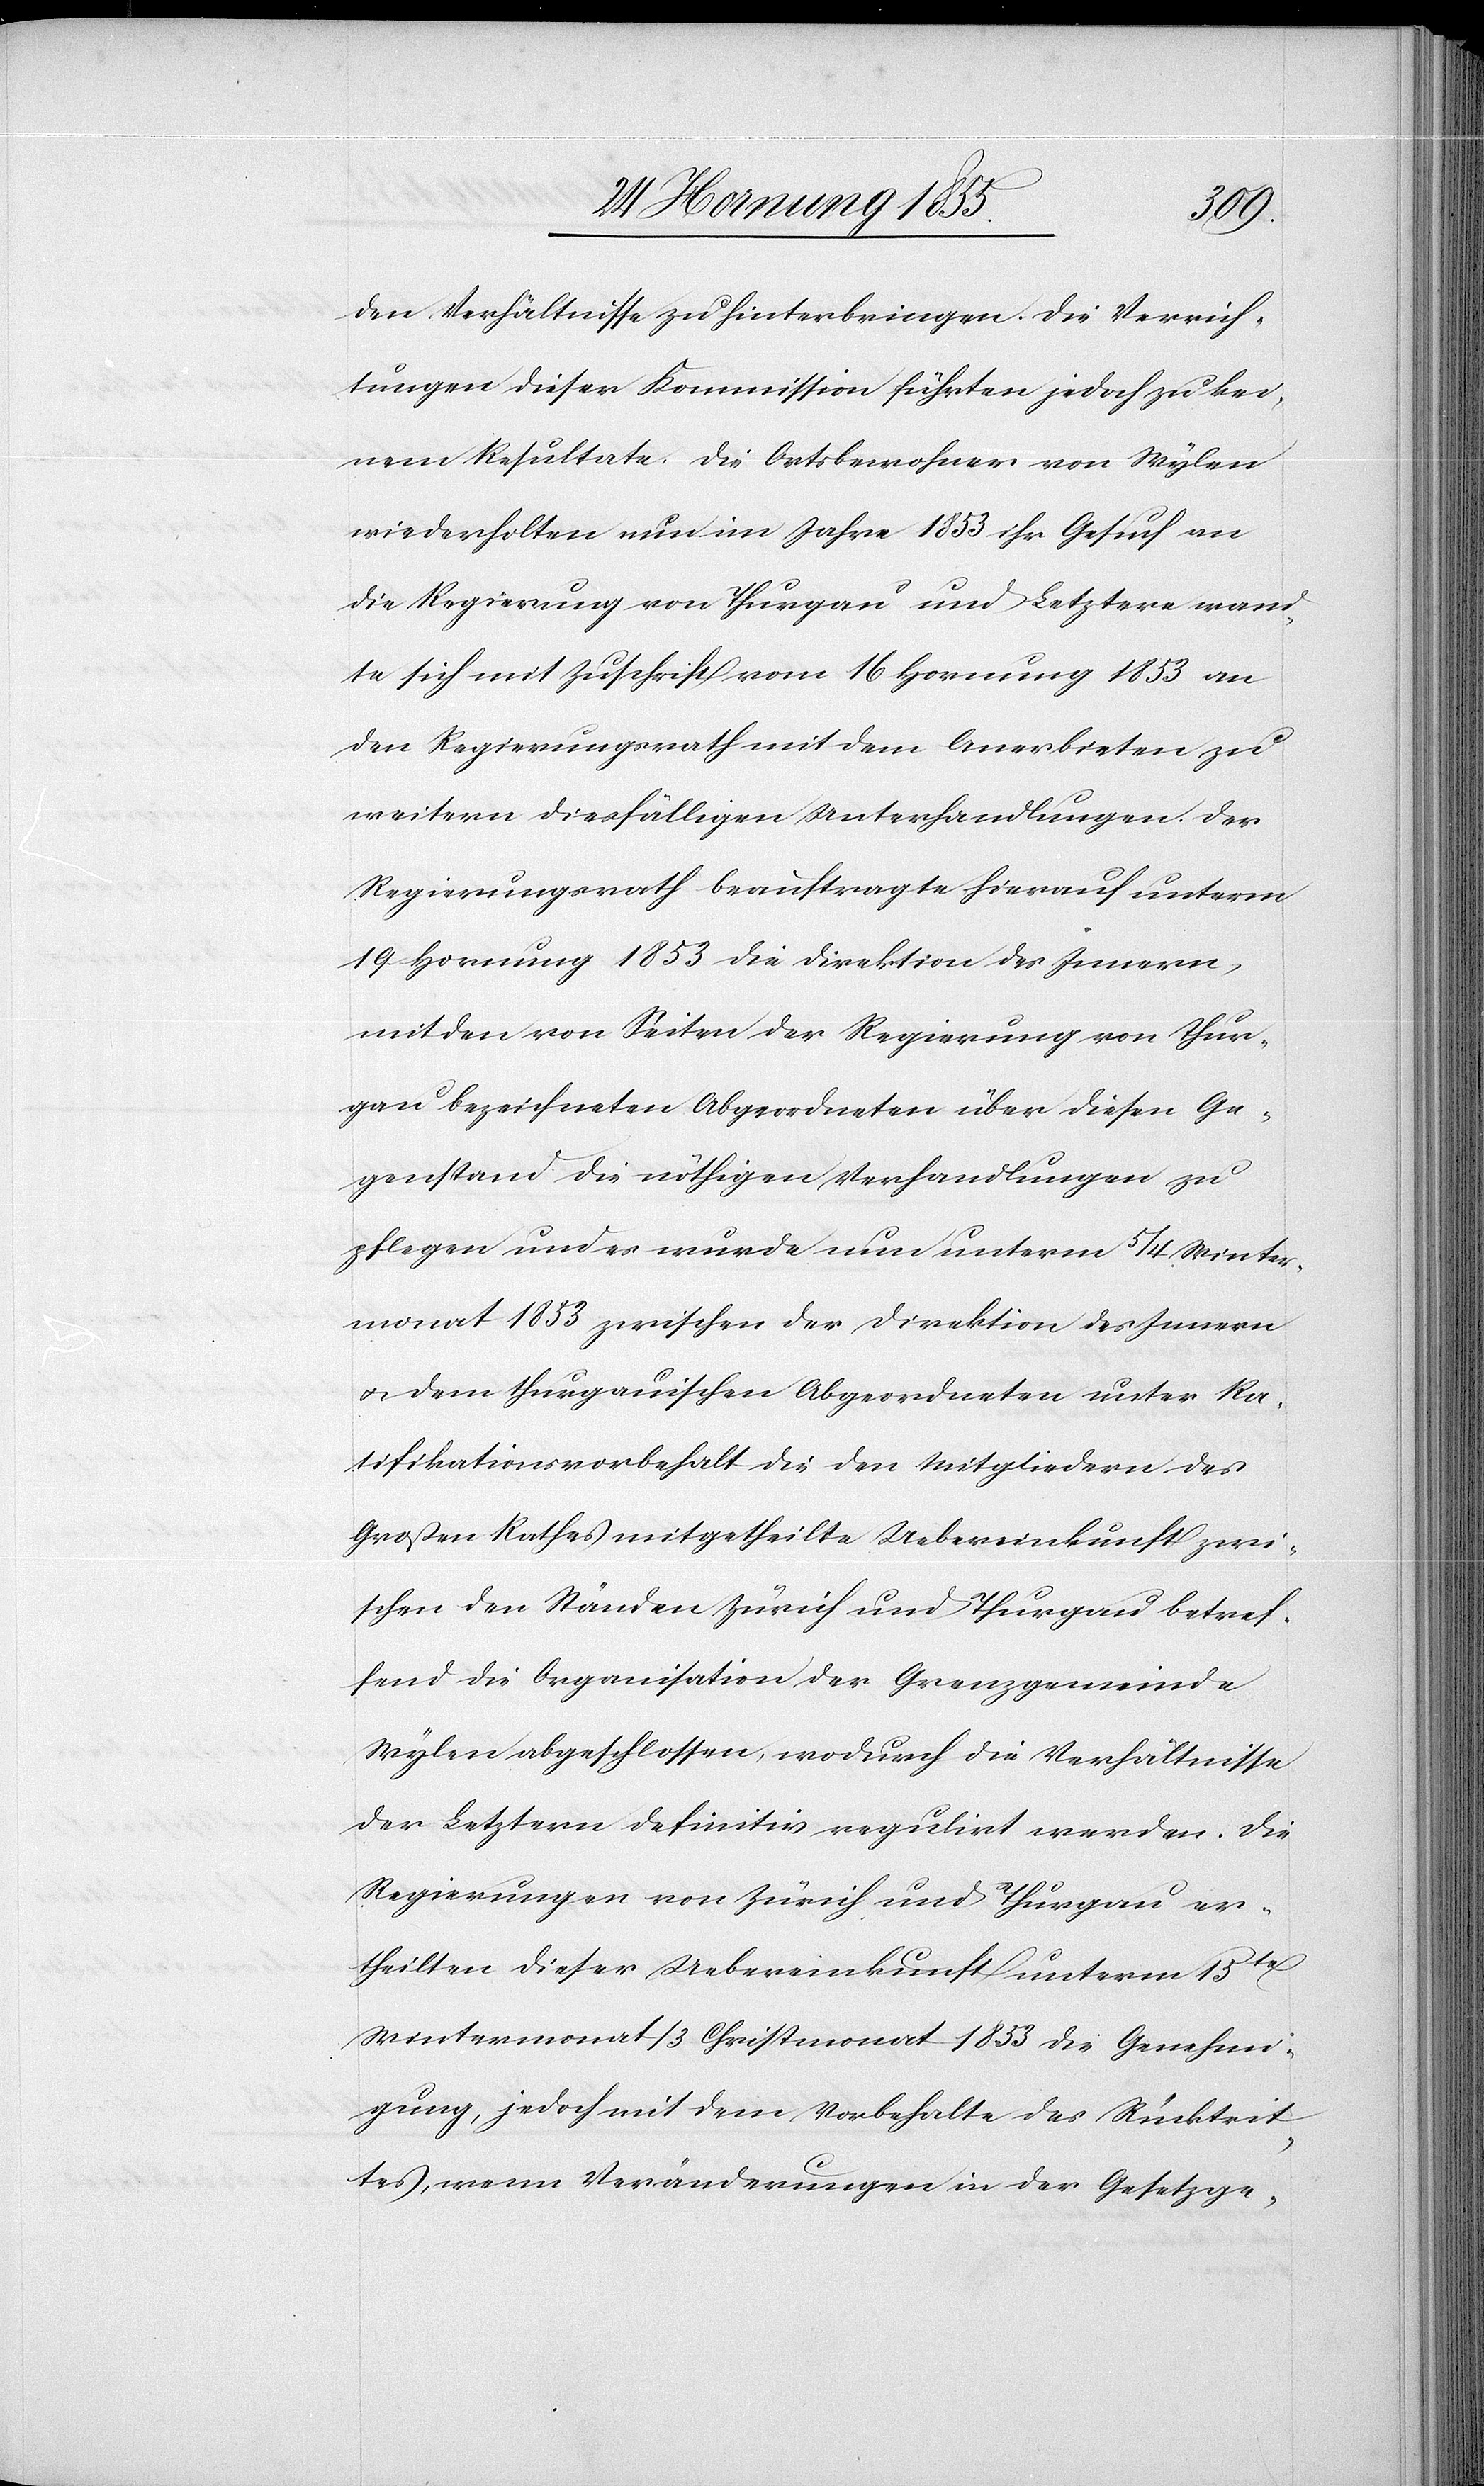
den Verhältnisse zu hinterbringen. Die Verrich¬
tungen dieser Kommission führten jedoch zu kei¬
nem Resultate. Die Ortsbewohner von Wylen
wiederholten nun im Jahre 1853 ihr Gesuch an
die Regierung von Thurgau und Letztere wand¬
te sich mit Zuschrift vom 16 Hornung 1853 an
den Regierungsrath mit dem Anerbieten zu
weitern diesfälligen Unterhandlungen. Der
Regierungsrath beauftragte hierauf unterm
19 Hornung 1853 die Direktion des Innern,
mit den von Seiten der Regierung von Thur¬
gau bezeichneten Abgeordneten über diesen Ge¬
genstand die nöthigen Verhandlungen zu
pflegen und es wurde nun unterm 5 / 4 Winter¬
monat 1853 zwischen der Direktion des Innern
& dem thurgauischen Abgeordneten unter Ra¬
tifikationsvorbehalt die den Mitgliedern des
Großen Rathes mitgetheilte Uebereinkunft zwi¬
schen den Ständen Zürich und Thurgau betref¬
fend die Organisation der Grenzgemeinde
Wylen abgeschlossen, wodurch die Verhältnisse
der Letztern definitiv regulirt werden. Die
Regierungen von Zürich und Thurgau er¬
theilten dieser Uebereinkunft unterm 15t[en]
Wintermonat / 3 Christmonat 1853 die Genehmi¬
gung, jedoch mit dem Vorbehalte des Rücktrit¬
tes, wenn Veränderungen in der Gesetzge-